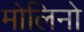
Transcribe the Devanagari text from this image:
मोलिनो